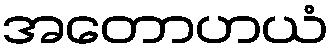
အတောဟယံ